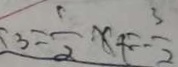
3 = \frac { 1 } { 2 } x + = - \frac { 3 } { 2 }